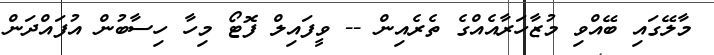
މާލޭގައި ބޭއްވި މުޒާހަރާއެއްގެ ތެރެއިން -- ވީފައިލް ފޮޓޯ މިހާ ހިސާބުން އުފައްދަން